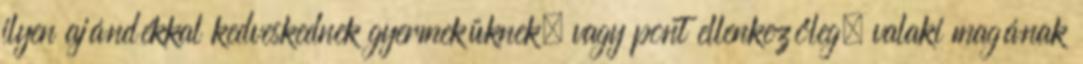
ilyen ajándékkal kedveskednek gyermeküknek, vagy pont ellenkezőleg, valaki magának